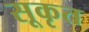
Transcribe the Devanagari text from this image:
सूकृत